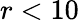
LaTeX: r<10